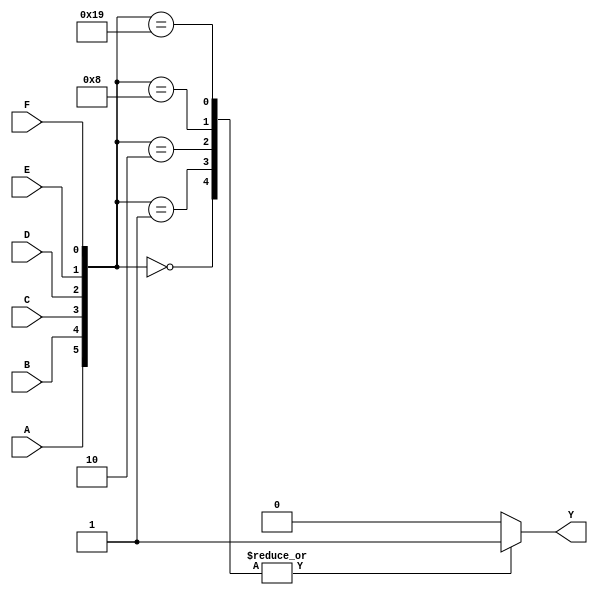
module k_map_6var(
    input wire A,
    input wire B,
    input wire C,
    input wire D,
    input wire E,
    input wire F,
    output reg Y
);

// Define the K-map logic based on the specific function. 
always @(*) begin
    // Initialize output
    Y = 1'b0;

    // K-map (4x16) mapping logic
    case ({A, B, C, D, E, F})
        // Example Entries, replace these with the actual minterms:
        6'b000000: Y = 1'b1; // minterm m0
        6'b000001: Y = 1'b1; // minterm m1
        6'b000011: Y = 1'b0; // minterm m3
        6'b000010: Y = 1'b1; // minterm m2
        // Add all other minterms based on K-map grouping.
        6'b001000: Y = 1'b1; // minterm m8
        6'b011001: Y = 1'b1; // minterm m25
        // Add more entries as needed based on your K-map.
        // ...
        // Don't forget to include the wrapping cases if necessary.
        default: Y = 1'b0; // default output for unassigned minterms
    endcase 
end

endmodule